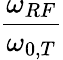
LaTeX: \frac{\omega_{RF}}{\omega_{0,T}}